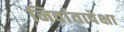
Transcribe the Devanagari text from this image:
निर्वातापेक्षा